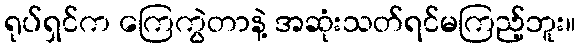
ရုပ်ရှင်က ကြေကွဲတာနဲ့ အဆုံးသတ်ရင်မကြည့်ဘူး။